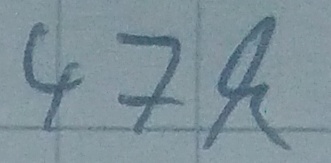
Text: 47k